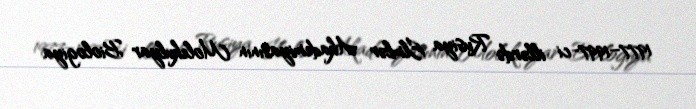
1977–1997-ci illərdə Rusiya Elmlər Akademiyasının Molekulyar Biologiya